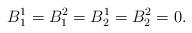
LaTeX: \begin{align*}B_1^1 = B_1^2=B_2^1=B_2^2=0.\end{align*}